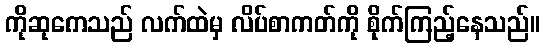
ကိုဆုကေသည် လက်ထဲမှ လိပ်စာကတ်ကို စိုက်ကြည့်နေသည်။